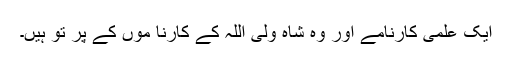
ایک علمی کارنامے اور وہ شاہ ولی اللہ کے کارنا موں کے پر تو ہیں۔